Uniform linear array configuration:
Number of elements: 16
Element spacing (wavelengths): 0.5
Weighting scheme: hann
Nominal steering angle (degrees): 30
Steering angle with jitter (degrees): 28.881
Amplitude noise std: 0.05
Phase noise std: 0.05

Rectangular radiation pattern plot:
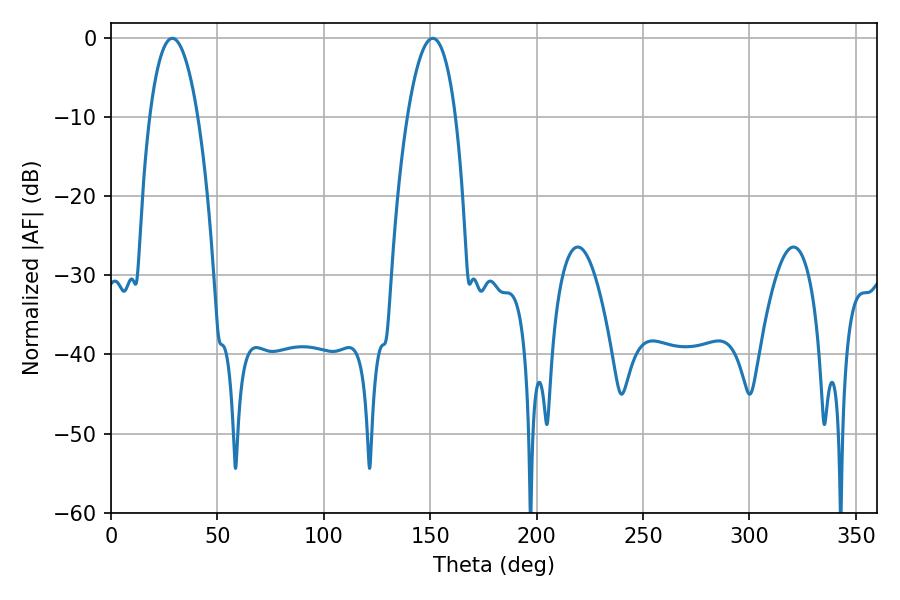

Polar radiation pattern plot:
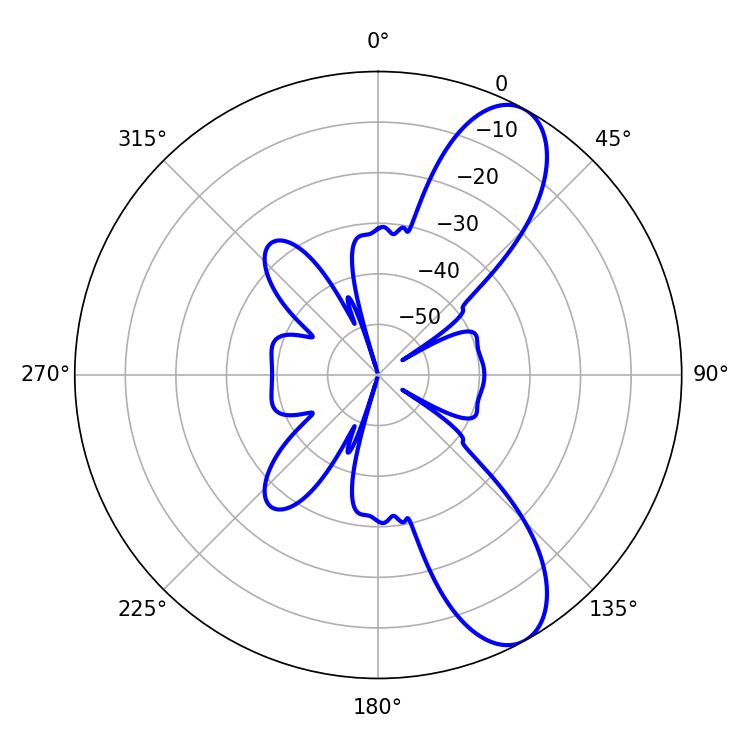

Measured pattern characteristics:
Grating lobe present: FALSE
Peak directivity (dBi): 9.451
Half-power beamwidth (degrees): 12.6
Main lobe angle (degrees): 151.2